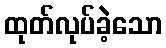
ထုတ်လုပ်ခဲ့သော